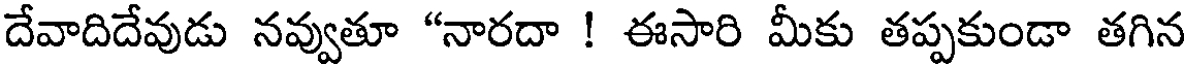
దేవాదిదేవుడు నవ్వుతూ "నారదా ! ఈసారి మీకు తప్పకుండా తగిన